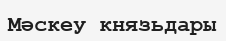
Мәскеу князьдары